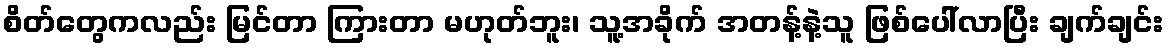
စိတ်တွေကလည်း မြင်တာ ကြားတာ မဟုတ်ဘူး၊ သူ့အခိုက် အတန့်နဲ့သူ ဖြစ်ပေါ်လာပြီး ချက်ချင်း